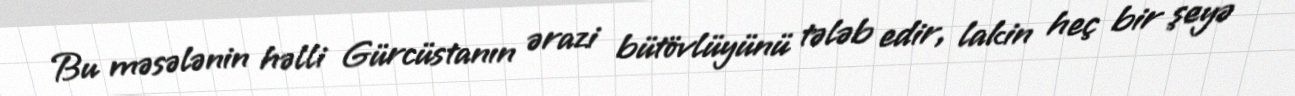
Bu məsələnin həlli Gürcüstanın ərazi bütövlüyünü tələb edir, lakin heç bir şeyə